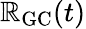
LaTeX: \mathbb{R}_{\mathrm{{{GC}}}}(t)